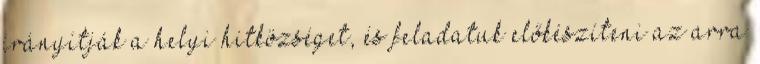
irányítják a helyi hitközséget, és feladatuk előkészíteni az arra